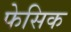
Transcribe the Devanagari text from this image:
फेसिक